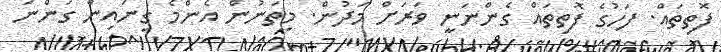
ފޮތިތައް. ފަހުގެ ފޮތިތައް ގެންނަނީ ވަރަށް މަދުން. މިތަނުން އެންމެ ގިނައިން ގަންނަ